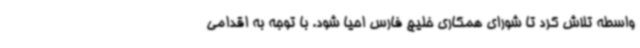
واسطه تلاش کرد تا شورای همکاری خلیج فارس احیا شود. با توجه به اقدامی